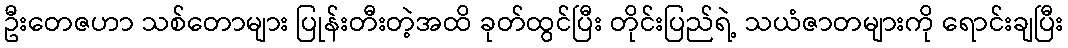
ဦးတေဇဟာ သစ်တောများ ပြုန်းတီးတဲ့အထိ ခုတ်ထွင်ပြီး တိုင်းပြည်ရဲ့ သယံဇာတများကို ရောင်းချပြီး